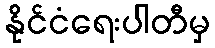
နိုင်ငံရေးပါတီမှ